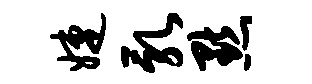
婕乳默